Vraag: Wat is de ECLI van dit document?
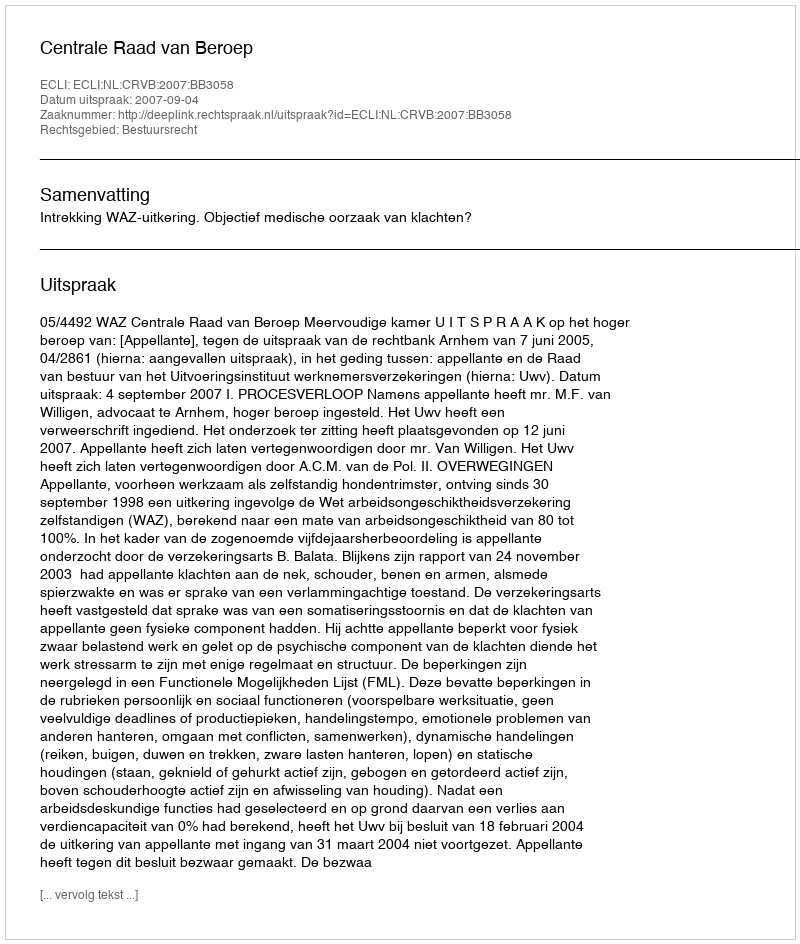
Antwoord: ECLI:NL:CRVB:2007:BB3058